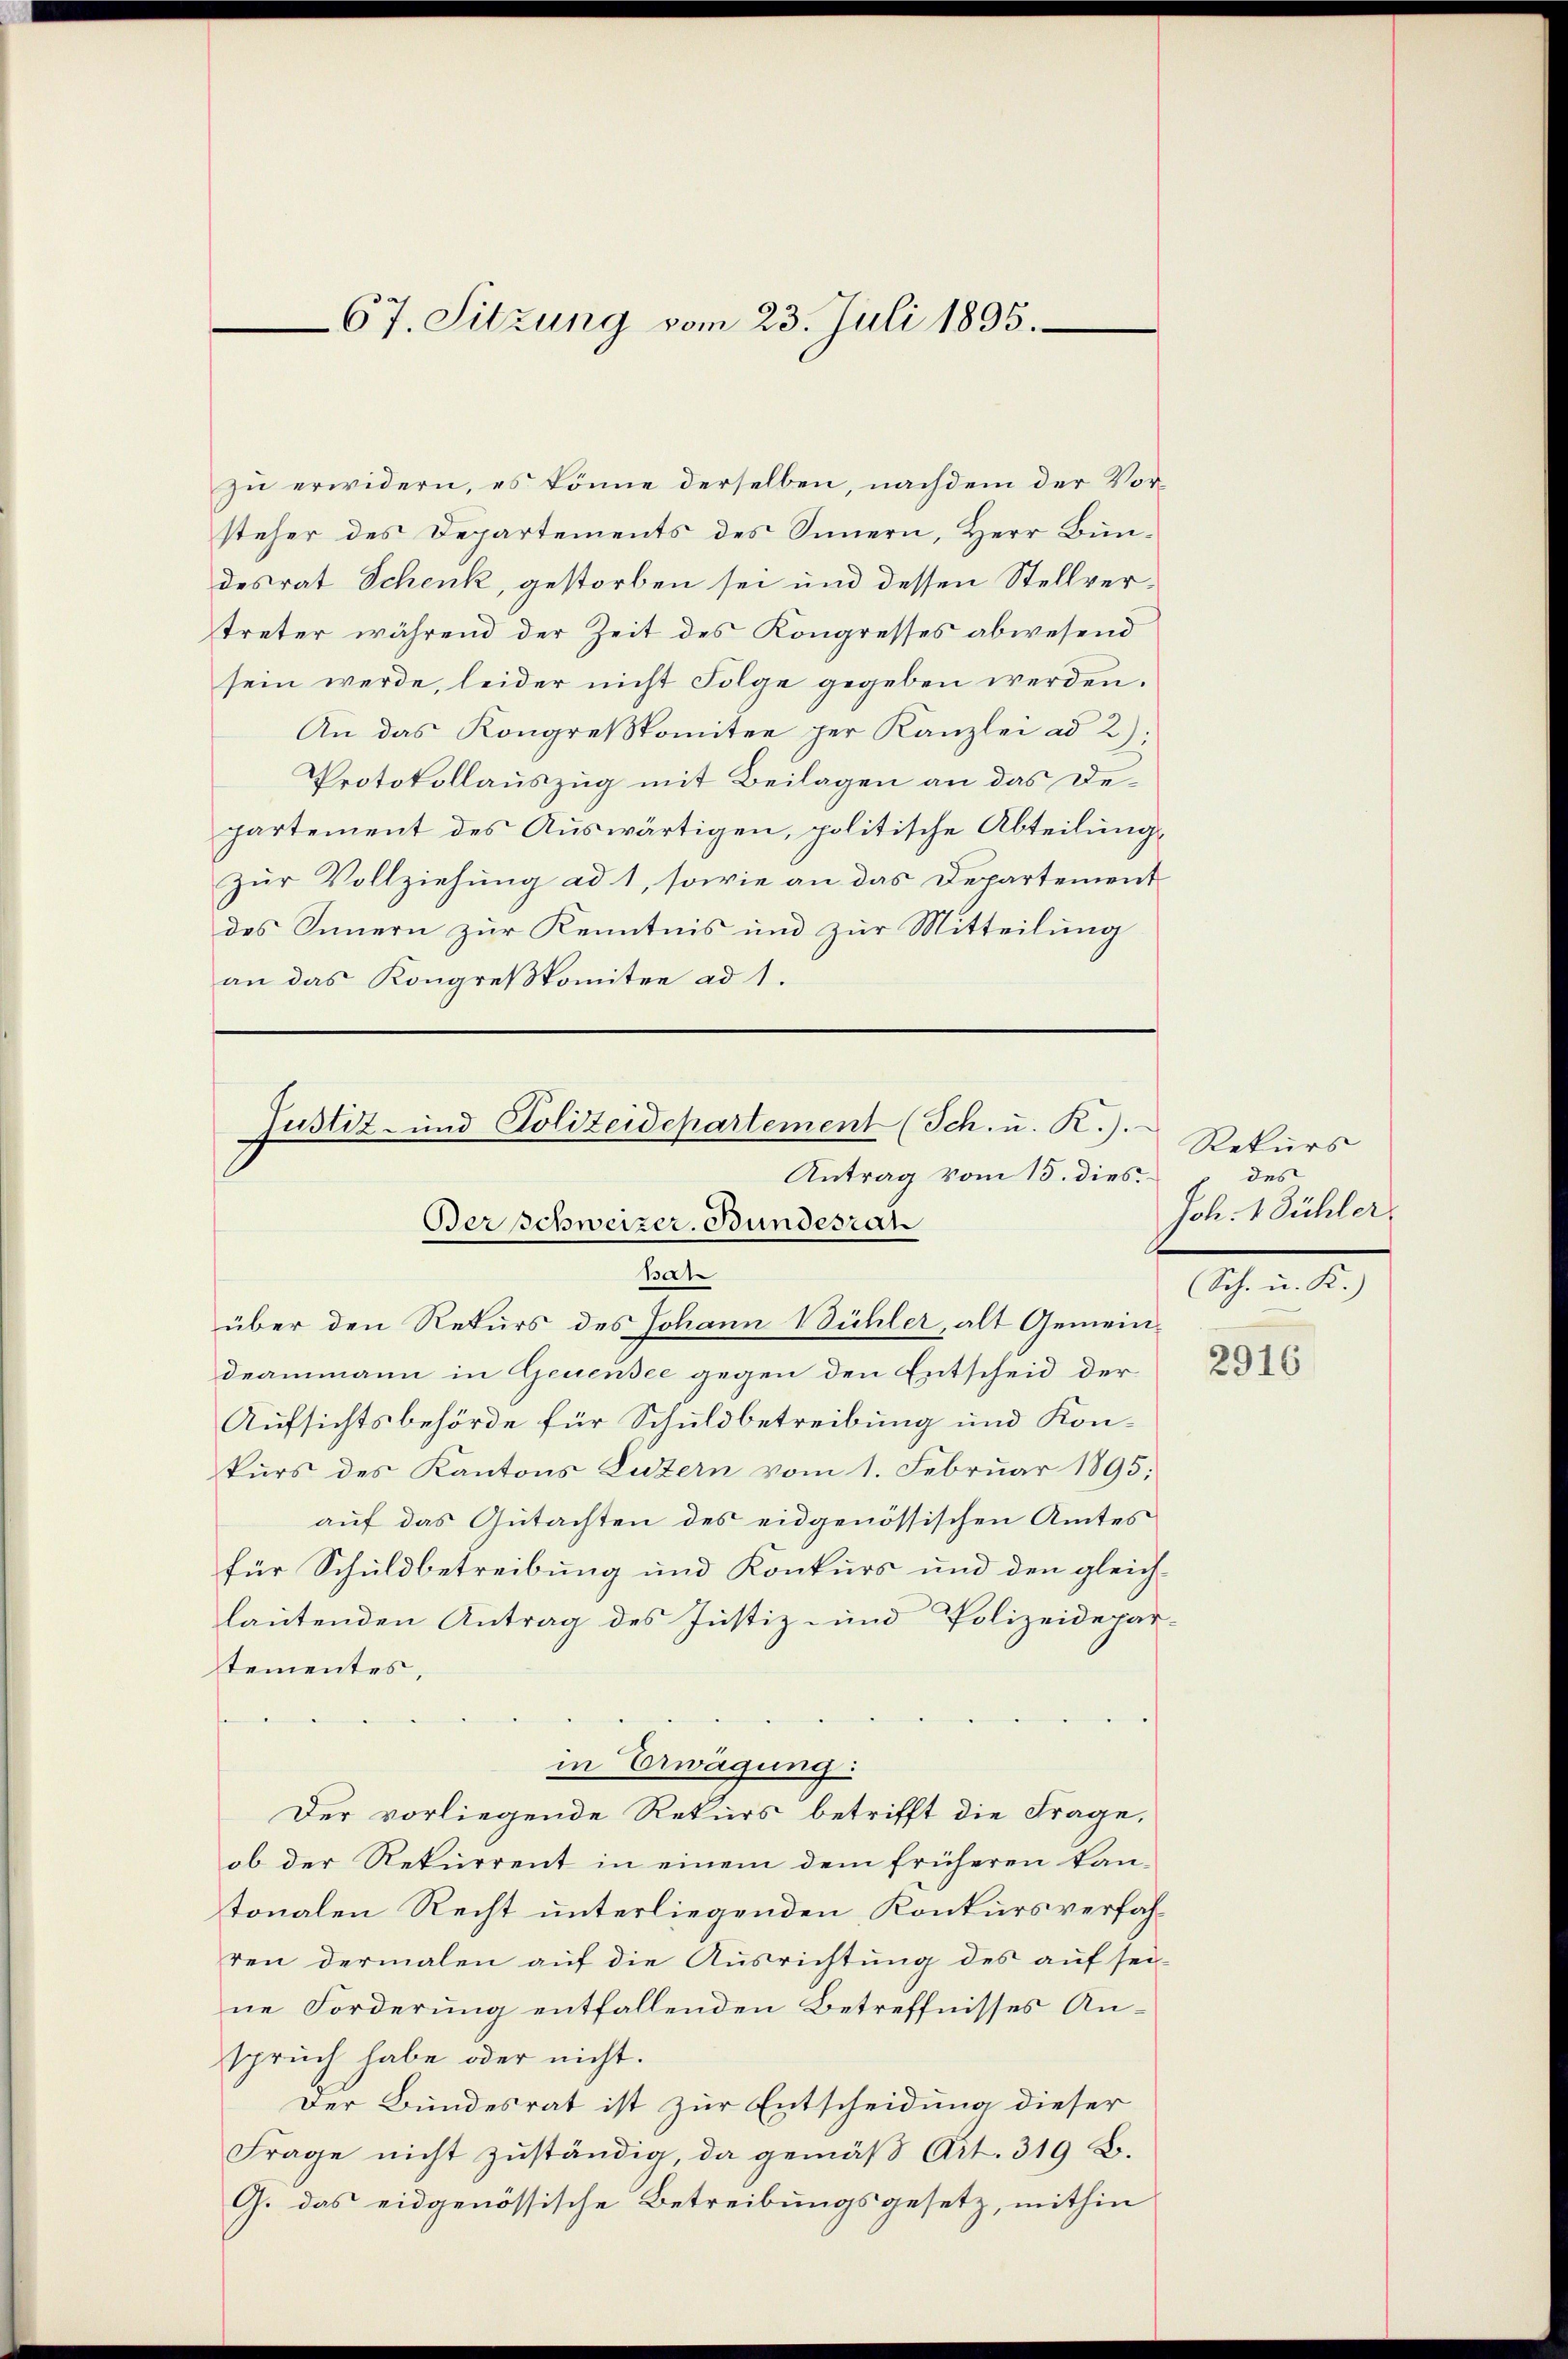
67. Sitzung vom 23. Juli 1895.

zu erwidern, es könne derselben, nachdem der Vorsteher des Departements des Innern, Herr Bundesrat Schenk, gestorben sei und dessen Stellvertreter während der Zeit des Kongresses abwesend
sein werde, leider nicht Folge gegeben werden.
An das Kongreskomitee per Kanzlei ad 2);
Protokollauszug mit Beilagen an das Departement des Auswärtigen, politische Abteilungs
Zur Vollziehung ad 1, sowie an das Departement
des Innern zur Kenntnis und zur Mitteilung
an das Kongreskomitee ad 1.

über den Rekurs des Johann Bühler, alt Gemeindeammann in Genensee gegen den Entscheid der
Aufsichtsbehörde für Schuldbetreibung und Kon-
kurs des Kantons Luzern vom 1. Februar 1895.
auf das Gutachten des eidgenössischen Amtes
für Schuldbetreibung und Konkurs und den gleichlautenden Antrag des Justiz- und Polizeidepartementes,
in Erwägung:
Der vorliegende Rekurs betrifft die Frage,
ob der Rekurrent in einem dem früheren kantonalen Recht unterliegenden Konkursverfahren dermalen auf die Ausrichtung des auf sei
ne Forderung entfallenden Betreffnisses Anspruch habe oder nicht.
Der Bundesrat ist zur Entscheidung dieser
Frage nicht zuständig, da gemäβ Art. 319 B.
G. das eidgenössische Betreibungsgesetz, mithin

Justiz- und Polizeidepartement (Sch. u. R.).
Antrag vom 15. dies
Berschweizer. Bundesrah
Bah

Rekurs
des
Joh. 1. Bühler.
Sch. u. K.)

2916